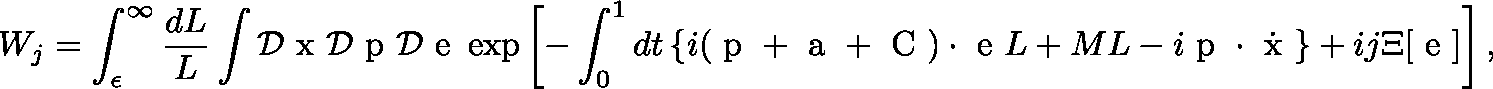
W _ { j } = \int _ { \epsilon } ^ { \infty } \frac { d L } { L } \int { \cal D } { \mathrm { \boldmath ~ x ~ } } { \cal D } { \mathrm { \boldmath ~ p ~ } } { \cal D } { \mathrm { \boldmath ~ e ~ } } \exp \left[ - \int _ { 0 } ^ { 1 } d t \left\{ i ( { \mathrm { \boldmath ~ p ~ } } + { \mathrm { \boldmath ~ a ~ } } + { \mathrm { \boldmath ~ C ~ } } ) \cdot { \mathrm { \boldmath ~ e ~ } } L + M L - i { \mathrm { \boldmath ~ p ~ } } \cdot \dot { { \mathrm { \boldmath ~ x ~ } } } \right\} + i j \Xi [ { \mathrm { \boldmath ~ e ~ } } ] \right] ,